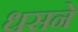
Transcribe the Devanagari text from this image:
धसने